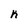
Character: h